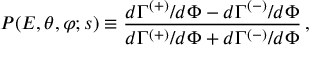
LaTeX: P ( E , \theta , \varphi ; s ) \equiv \frac { d \Gamma ^ { ( + ) } / d \Phi - d \Gamma ^ { ( - ) } / d \Phi } { d \Gamma ^ { ( + ) } / d \Phi + d \Gamma ^ { ( - ) } / d \Phi } \, ,